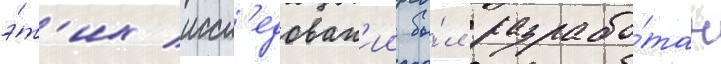
э́т'их иссл'едован'ии бы́л разрабо́тан